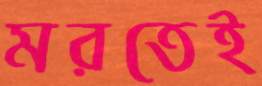
মরতেই